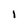
Character: l